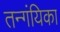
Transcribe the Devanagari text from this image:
तन्गंयिका